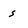
Character: s